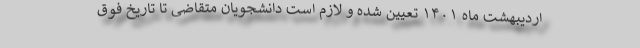
اردیبهشت ماه ۱۴۰۱ تعیین شده و لازم است دانشجویان متقاضی تا تاریخ فوق